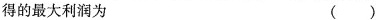
得的最大利润为 ( )